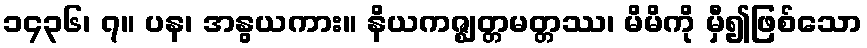
၁၄၃၆၊ ၇။ ပန၊ အနွယကား။ နိယကဇ္ဈတ္တမတ္တဿ၊ မိမိကို မှီ၍ဖြစ်သော